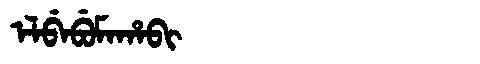
Manchu: ᡝᠯᠪᡝᠪᡠᠮᠠᡥᠠᠪᡳ
Romanization: ELBEBUMAHABI